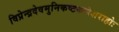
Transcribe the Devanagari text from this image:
विप्रेन्द्रदेवमुनिकष्टकलेशराहोः